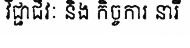
វិជ្ជាជីវៈ និង កិច្ចការ នារី